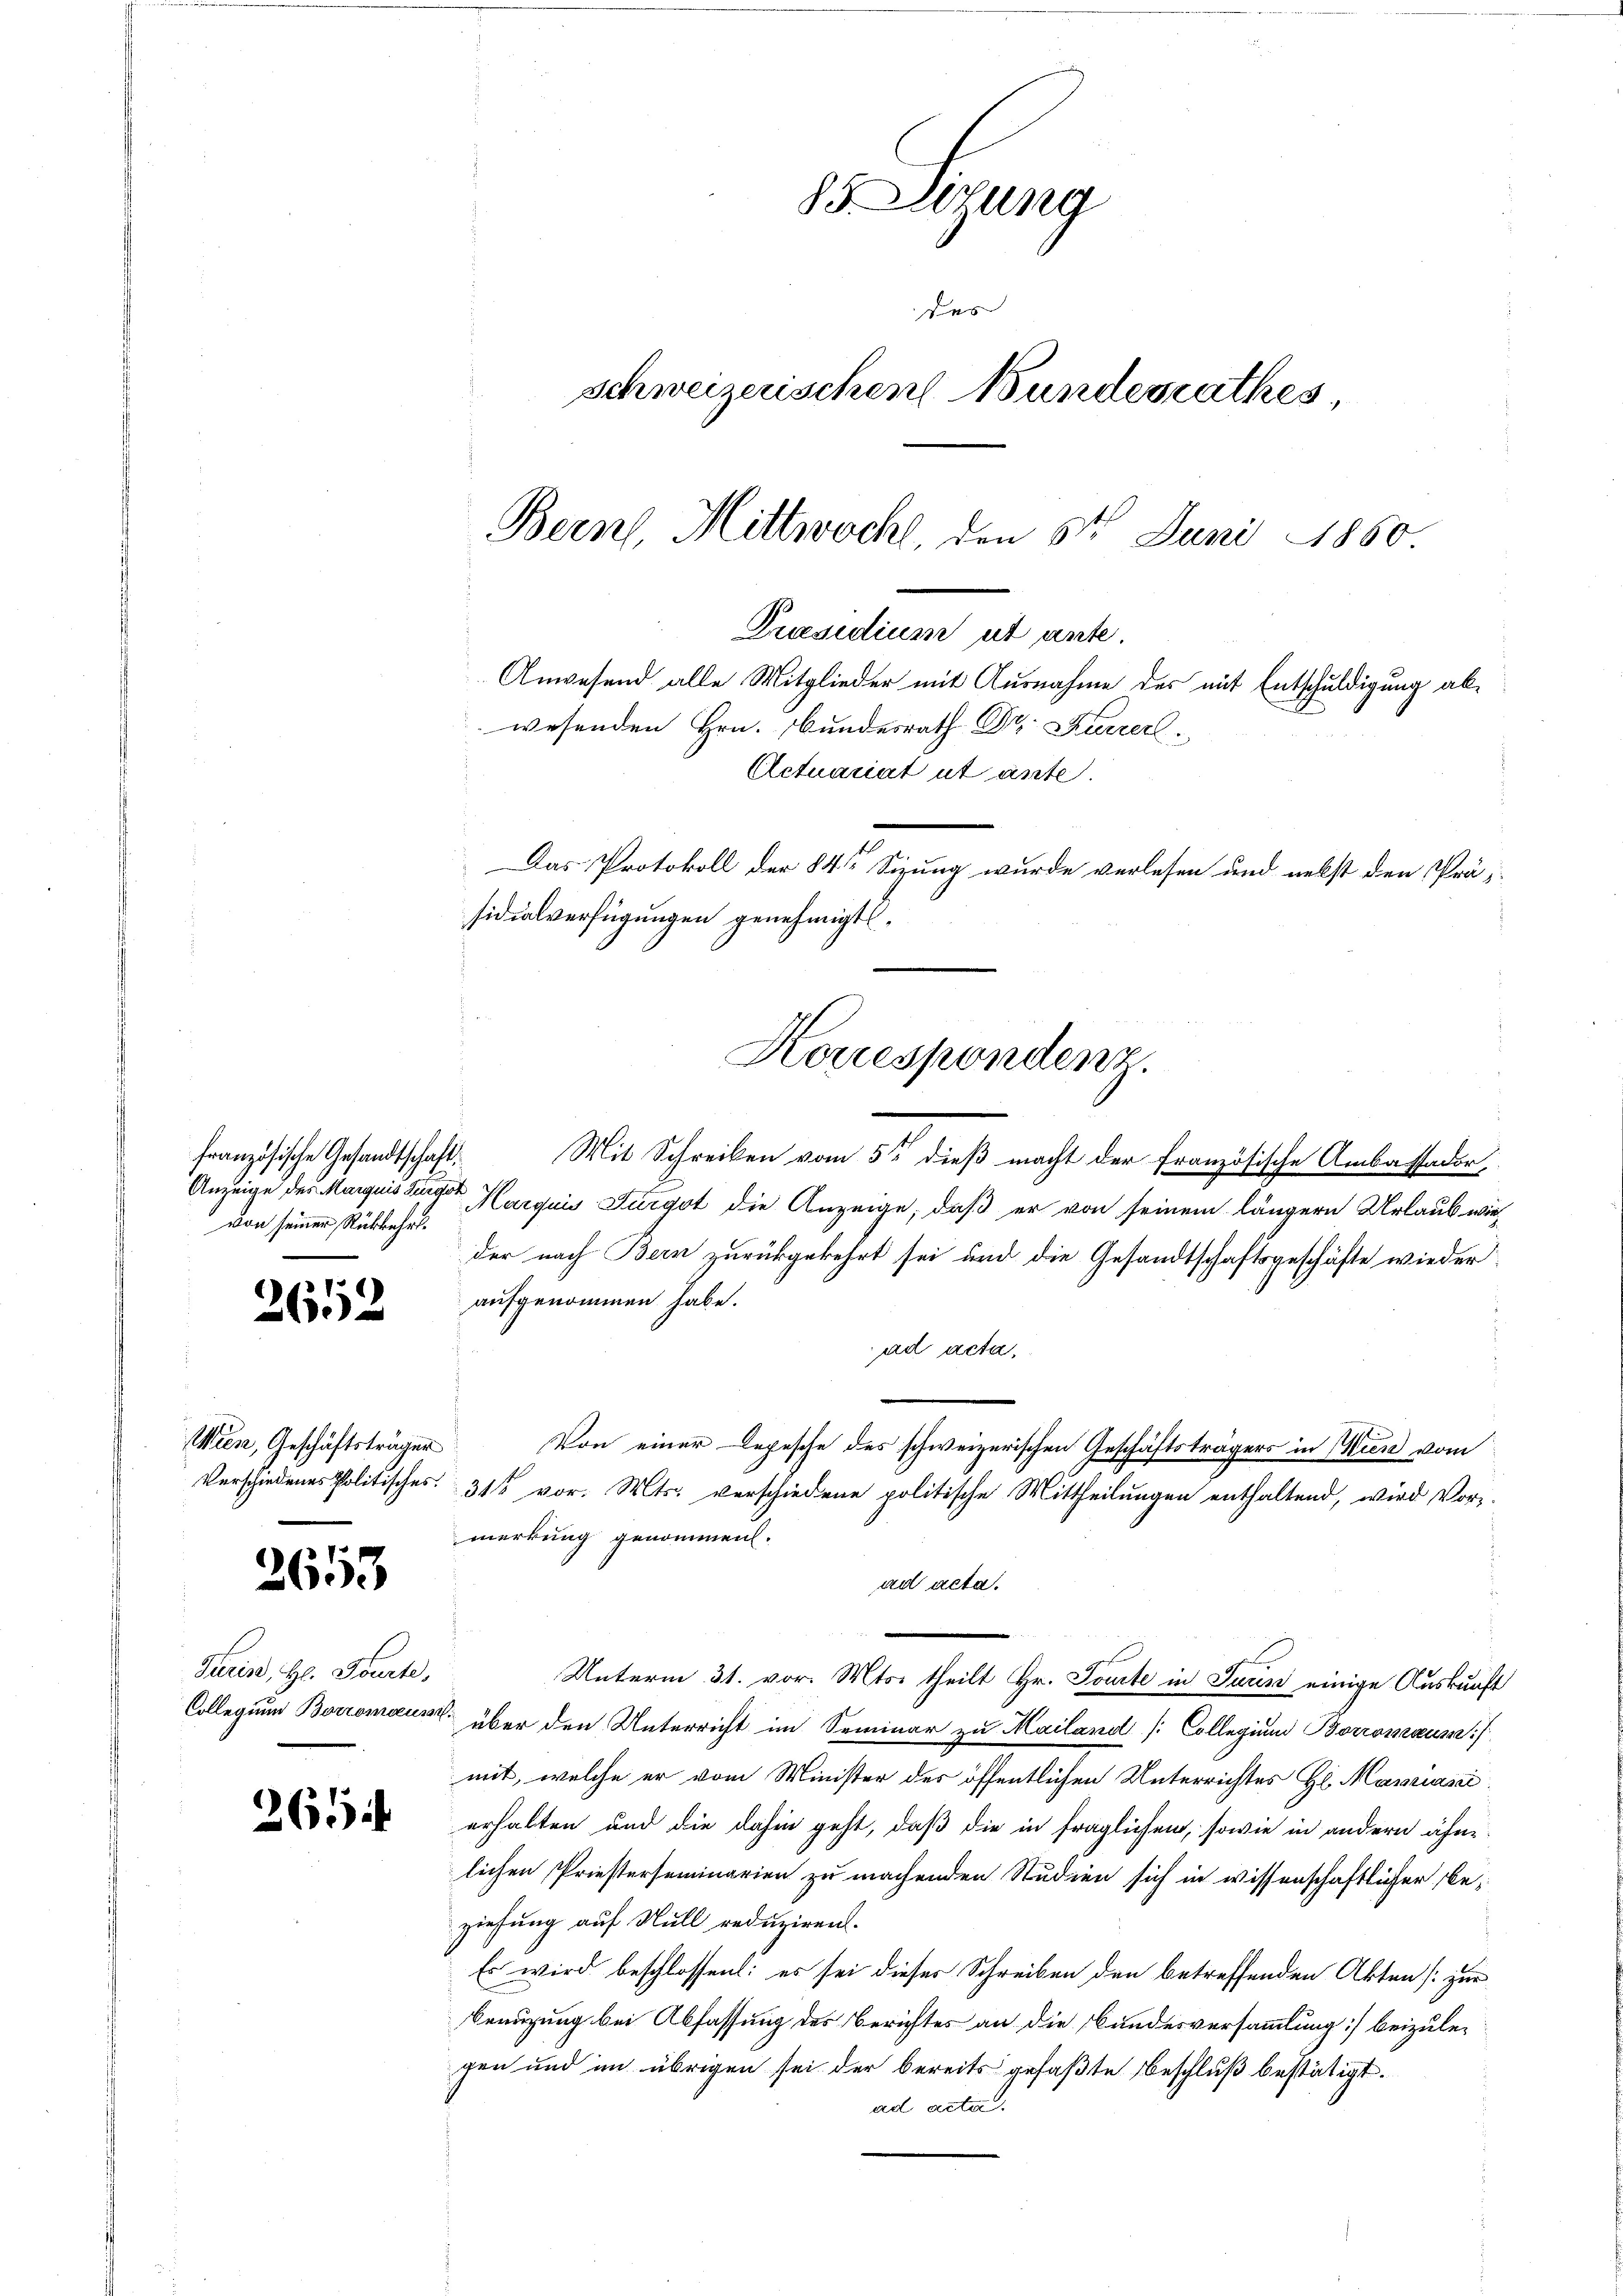
französische Gesandtschaft,
Anzeige des Marquis Furgöt
von seiner Rückkehrs¬

2652

Wien, Geschäftsträger
Verschiedenes Politisches.

2653

Juris, Hr. Tourte,
Collegium Borromoeuss

265

85 Lesung
des
schweizerischen Bundesrathes
Bern, Mittwoch, den 5te͇n Juni 1860

Präsidium ut ante.
Anwesend alle Mitglieder mit Ausnahme des mit Entschuldigung abwesenden Hrn. Bundesrath Dr. Feierl
Actuariat ut ante.
Das Protokoll der 84te Sizung wurde verlesen und nebst den Präsidialverfügungen genehmigt.
Horrespondenz.

Mit Schreiben vom 5ten dieß macht der französische Ambassador,
Marquis Furgot die Anzeige, daß er von seinem längern Urlaub wieder nach Bern zurückgekehrt sei und die Gesandtschaftsgeschäfte wieder
aufgenommen habe.
ad acta.
Von einer Depesche des schweizerischen Geschäftsträgers in Wien vom
31 vor. Mts. verschiedene politische Mittheilungen enthaltend, wird Vormerkung genommen.
ad acta.
Unterm 31. vor. Mts. theilt Hr. Tourte in Juris einige Auskunft
 über den Unterricht im Seminar zu Mailand [Collegium Borromaum:/
mit, welche er vom Minister des öffentlichen Unterrichtes Hl. Manniasci
erhalten und die dahin geht, daß die in fraglichen, sowie in andern ähn-
lichen Priesterseminarien zu machenden Studien sich in wissenschaftlicher beziehung auf Null reduziren.
Es wird beschlossen: es sei dieses Schreiben den betreffenden Akten [zur
benutzung bei Abfassung des Berichtes an die Bundesversammlung] beizulegen und im übrigen sei der bereits gefaßte Beschluß bestätigt.
ad acter.